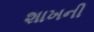
શાખની